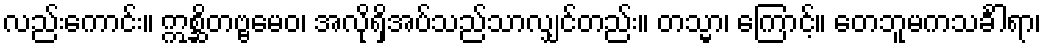
လည်းကောင်း။ ဣစ္ဆိတဗ္ဗမေဝ၊ အလိုရှိအပ်သည်သာလျှင်တည်း။ တသ္မာ၊ ကြောင့်။ တေဘူမကသင်္ခါရာ၊